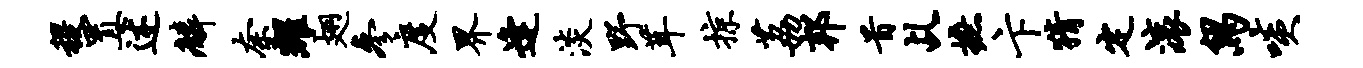
稷置述麟奈耀翅参度界逢淡野茸掠荔邦首乩摭卞猜定滚舄啖